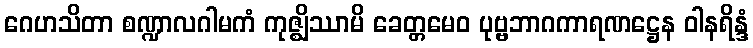
ဂေဟသိတာ စဏ္ဍာလဂါမကံ ကုဇ္ဈိဿာမိ ခေတ္တမေဝ ပုဗ္ဗဘာဂကာရဏဋ္ဌေန ဝါနရိန္ဒံ